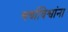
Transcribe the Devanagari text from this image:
चर्चाविश्वांना